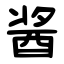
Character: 酱